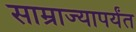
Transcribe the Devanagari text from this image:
साम्राज्यापर्यंत